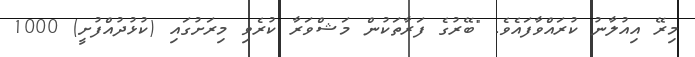
މިރޭ އިއުލާނު ކުރައްވާފައެވެ. "ބޭރުގެ ފަރާތަކުން މަޝްވަރާ ކުރެވި މިރަށުގައި (ކުޅުދުއްފުށީ) 1000